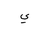
Letter: _ya